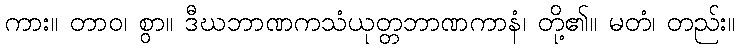
ကား။ တာဝ၊ စွာ။ ဒီဃဘာဏကသံယုတ္တဘာဏကာနံ၊ တို့၏။ မတံ၊ တည်း။